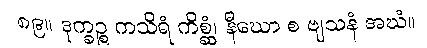
၈၉။ ဒုက္ခဉ္စ ကသိရံ ကိစ္ဆံ၊ နီဃော စ ဗျသနံ အဃံ။